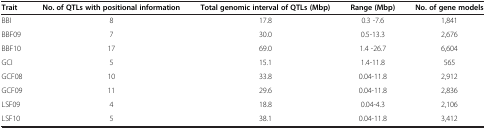
<table><thead><tr><td><b>Trait</b></td><td><b>No. of QTLs with positional information</b></td><td><b>Total genomic interval of QTLs (Mbp)</b></td><td><b>Range (Mbp)</b></td><td><b>No. of gene models</b></td></tr></thead><tbody><tr><td>BBI</td><td>8</td><td>17.8</td><td>0.3 -7.6</td><td>1,841</td></tr><tr><td>BBF09</td><td>7</td><td>30.0</td><td>0.5-13.3</td><td>2,676</td></tr><tr><td>BBF10</td><td>17</td><td>69.0</td><td>1.4 -26.7</td><td>6,604</td></tr><tr><td>GCI</td><td>5</td><td>15.1</td><td>1.4-11.8</td><td>565</td></tr><tr><td>GCF08</td><td>10</td><td>33.8</td><td>0.04-11.8</td><td>2,912</td></tr><tr><td>GCF09</td><td>11</td><td>29.6</td><td>0.04-11.8</td><td>2,836</td></tr><tr><td>LSF09</td><td>4</td><td>18.8</td><td>0.04-4.3</td><td>2,106</td></tr><tr><td>LSF10</td><td>5</td><td>38.1</td><td>0.04-11.8</td><td>3,412</td></tr></tbody></table>